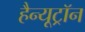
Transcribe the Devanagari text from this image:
हैन्यूट्रॉन